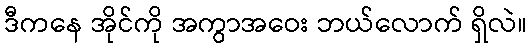
ဒီကနေ အိုင်ကို အကွာအဝေး ဘယ်လောက် ရှိလဲ။